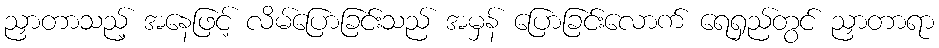
ညှာတာသည့် အနေဖြင့် လိမ်ပြောခြင်းသည် အမှန် ပြောခြင်းလောက် ရေရှည်တွင် ညှာတာရာ